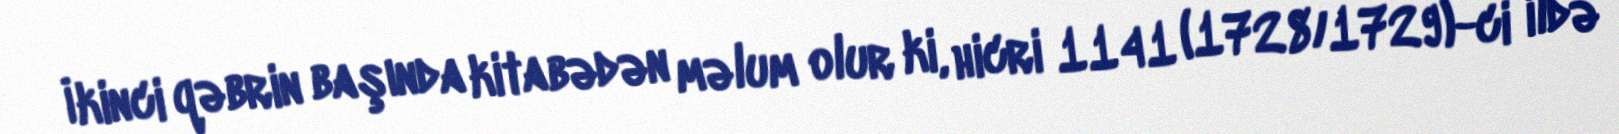
İkinci qəbrin başında kitabədən məlum olur ki, hicri 1141 (1728/1729)-ci ildə